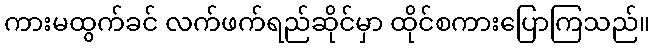
ကားမထွက်ခင် လက်ဖက်ရည်ဆိုင်မှာ ထိုင်စကားပြောကြသည်။